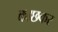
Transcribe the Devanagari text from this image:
काछकर